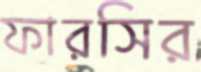
ফারসির